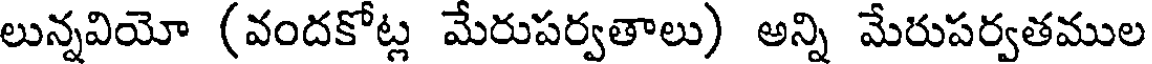
లున్నవియో (వందకోట్ల మేరుపర్వతాలు) అన్ని మేరుపర్వతముల